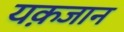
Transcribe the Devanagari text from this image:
यक़जान